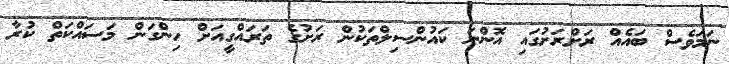
ނަމަވެސް ބައެއް ރަށްރަށުގައި އޮންނަ ކައުންސިލްތަކުން ރަށުގެ ތަރައްގީއަށް ހިންގަން މަސައްކަތް ކުރާ